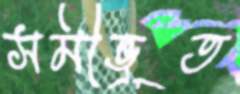
সমীভূত